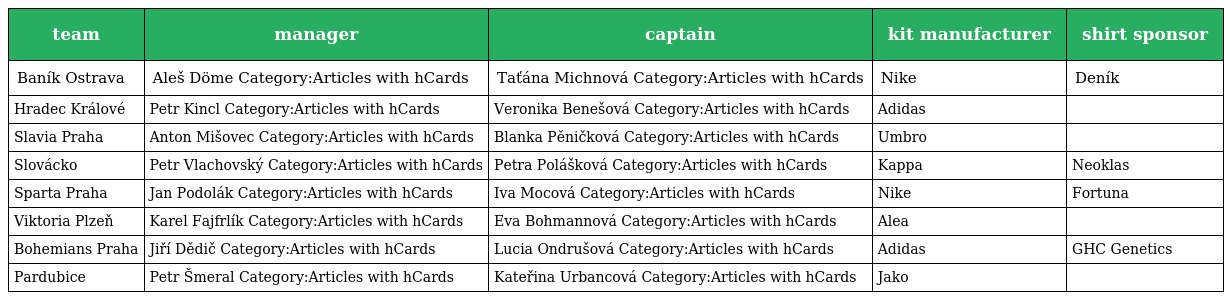
| team | manager | captain | kit manufacturer | shirt sponsor |
 | --- | --- | --- | --- | --- |
 | Baník Ostrava | Aleš Döme Category:Articles with hCards | Taťána Michnová Category:Articles with hCards | Nike | Deník |
 | Hradec Králové | Petr Kincl Category:Articles with hCards | Veronika Benešová Category:Articles with hCards | Adidas |  |
 | Slavia Praha | Anton Mišovec Category:Articles with hCards | Blanka Pěničková Category:Articles with hCards | Umbro |  |
 | Slovácko | Petr Vlachovský Category:Articles with hCards | Petra Polášková Category:Articles with hCards | Kappa | Neoklas |
 | Sparta Praha | Jan Podolák Category:Articles with hCards | Iva Mocová Category:Articles with hCards | Nike | Fortuna |
 | Viktoria Plzeň | Karel Fajfrlík Category:Articles with hCards | Eva Bohmannová Category:Articles with hCards | Alea |  |
 | Bohemians Praha | Jiří Dědič Category:Articles with hCards | Lucia Ondrušová Category:Articles with hCards | Adidas | GHC Genetics |
 | Pardubice | Petr Šmeral Category:Articles with hCards | Kateřina Urbancová Category:Articles with hCards | Jako |  |